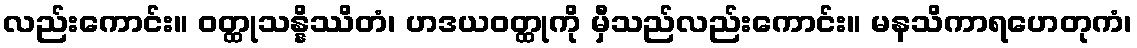
လည်းကောင်း။ ဝတ္ထုသန္နိဿိတံ၊ ဟဒယဝတ္ထုကို မှီသည်လည်းကောင်း။ မနသိကာရဟေတုကံ၊